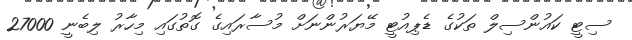
ސިޓީ ކައުންސިލް ތަކުގެ ޑެޕިއުޓީ މޭޔަރުންނަށް މުސާރައިގެ ގޮތުގައި މިހާރު ލިބެނީ 27000